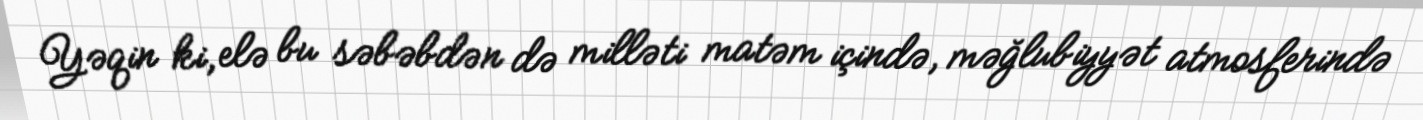
Yəqin ki, elə bu səbəbdən də milləti matəm içində, məğlubiyyət atmosferində